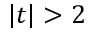
| t | > 2